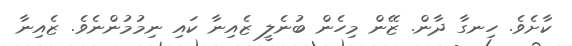
ކާށެވެ. ހިނގާ ދާން. ޒޭން މިހެން ބުނެލީ ޒެއިނާ ކައި ނިމުމުންނެވެ. ޒެއިނާ